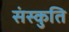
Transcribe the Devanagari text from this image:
संस्कुति